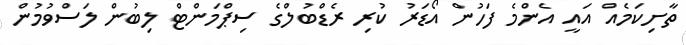
ތާށިކަމެއް އައީ އެންމެ ފަހުން އޯޑަރު ކުރި ރެޑްބުލްގެ ސިޕްމަންޓް ލިބުން ލަސްވުމުން